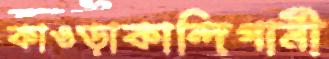
কাওড়াকান্দিগামী